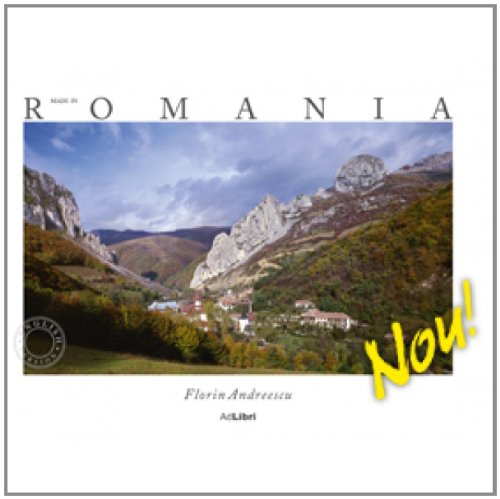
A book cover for Made in Romania (English); Mariana Pascaru; Travel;